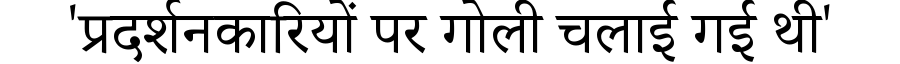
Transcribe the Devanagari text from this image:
'प्रदर्शनकारियों पर गोली चलाई गई थी'